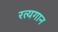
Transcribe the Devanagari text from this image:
रत्यगान